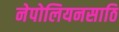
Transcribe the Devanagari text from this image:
नेपोलियनसाठि